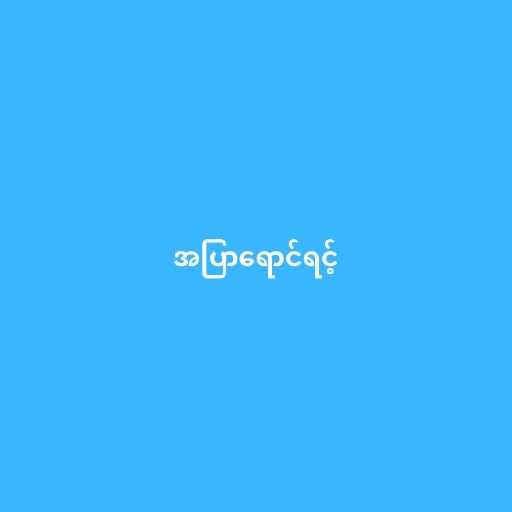
အပြာရောင်ရင့်